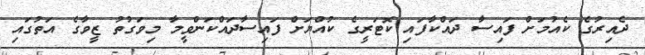
ދެއިރުގެ ކެއުމަށް ފައިސާ ދައްކާފައި ކޮޓަރީގެ ކުއްޔަށް ފައިސާދައްކަންވީމާ މިވަގުތު ޒީވާގެ އަތުގައި